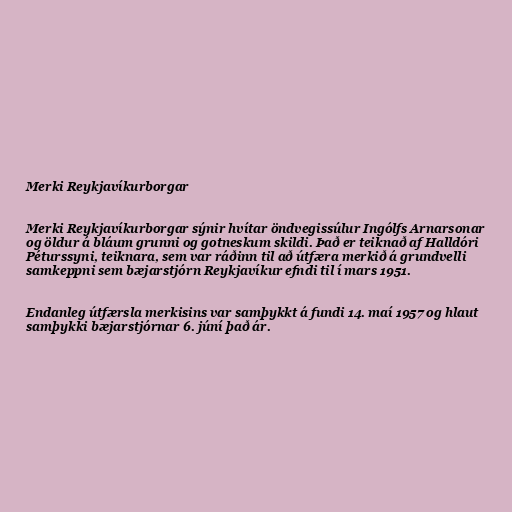
Merki Reykjavíkurborgar

Merki Reykjavíkurborgar sýnir hvítar öndvegissúlur Ingólfs Arnarsonar
og öldur á bláum grunni og gotneskum skildi. Það er teiknað af Halldóri
Péturssyni, teiknara, sem var ráðinn til að útfæra merkið á grundvelli
samkeppni sem bæjarstjórn Reykjavíkur efndi til í mars 1951.

Endanleg útfærsla merkisins var samþykkt á fundi 14. maí 1957 og hlaut
samþykki bæjarstjórnar 6. júní það ár.